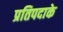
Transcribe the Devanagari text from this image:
प्रतिपदाके